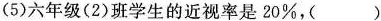
(5)六年级(2)班学生的近视率是20%，( )